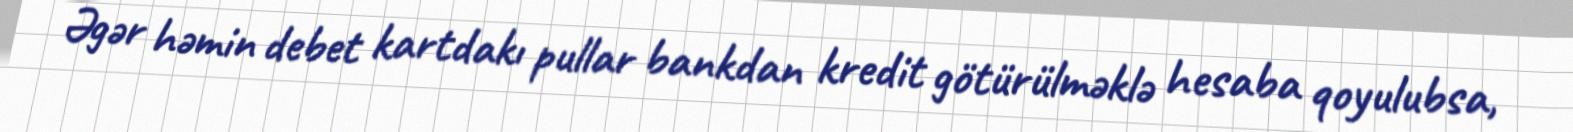
Əgər həmin debet kartdakı pullar bankdan kredit götürülməklə hesaba qoyulubsa,